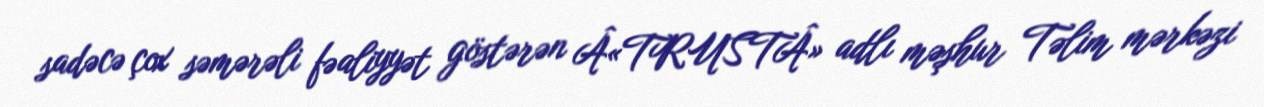
sadəcə çox səmərəli fəaliyyət göstərən Â«TRUSTÂ» adlı məşhur Təlim mərkəzi